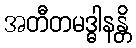
အတီတမဒ္ဓါနန္တိ